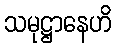
သမုဋ္ဌာနေဟိ